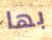
بها